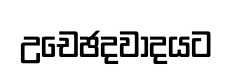
උචෙඡදවාදයට